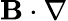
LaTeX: \mathbf{B}\cdot\nabla